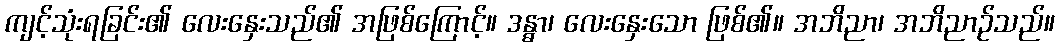
ကျင့်သုံးရခြင်း၏ လေးနှေးသည်၏ အဖြစ်ကြောင့်။ ဒန္ဓာ၊ လေးနှေးသော ဖြစ်၏။ အဘိညာ၊ အဘိညာဉ်သည်။